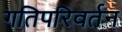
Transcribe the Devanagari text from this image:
गतिपरिवर्तन